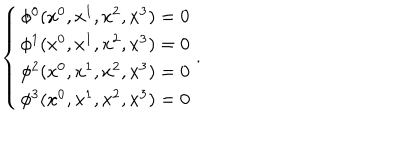
\left\{ \begin{array} { c } { { \phi ^ { 0 } ( x ^ { 0 } , x ^ { 1 } , x ^ { 2 } , x ^ { 3 } ) = 0 } } \\ { { \phi ^ { 1 } ( x ^ { 0 } , x ^ { 1 } , x ^ { 2 } , x ^ { 3 } ) = 0 } } \\ { { \phi ^ { 2 } ( x ^ { 0 } , x ^ { 1 } , x ^ { 2 } , x ^ { 3 } ) = 0 } } \\ { { \phi ^ { 3 } ( x ^ { 0 } , x ^ { 1 } , x ^ { 2 } , x ^ { 3 } ) = 0 } } \\ \end{array} \right. .